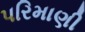
પરિમાણી